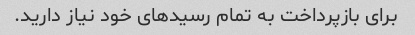
برای بازپرداخت به تمام رسیدهای خود نیاز دارید.